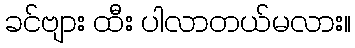
ခင်ဗျား ထီး ပါလာတယ်မလား။